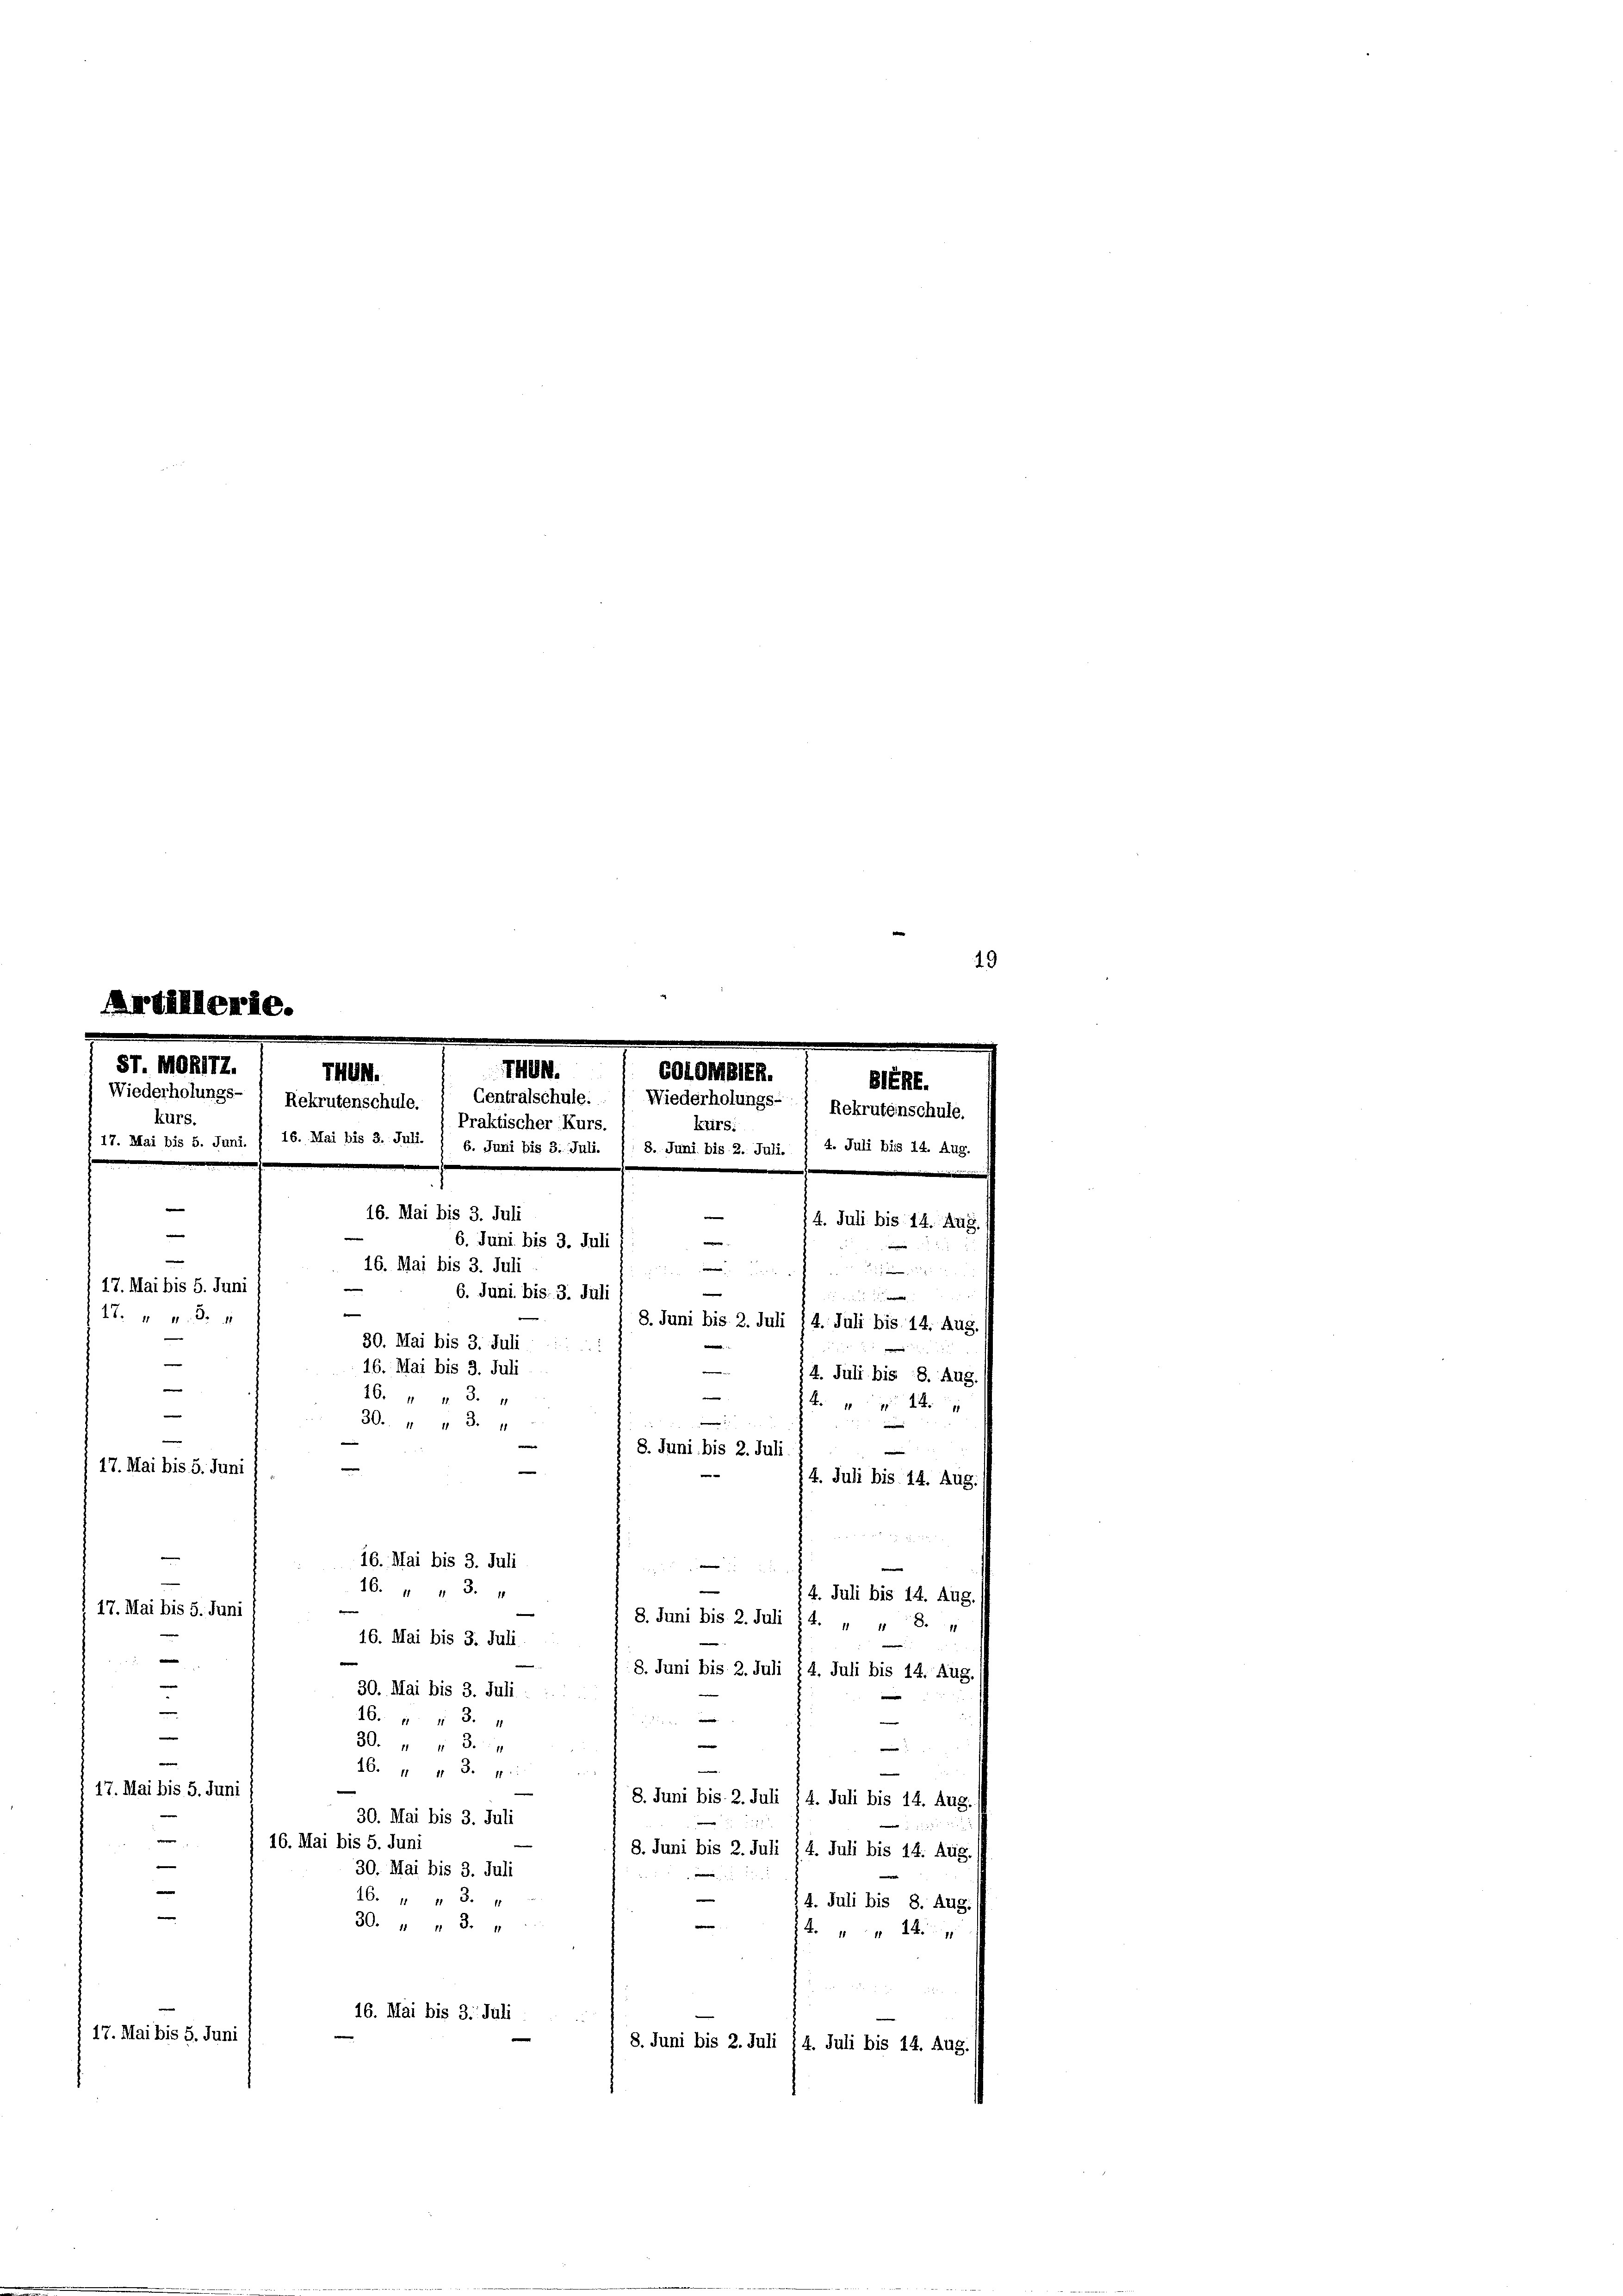
19
e
Artillerie.

ST. MOR172.
T444.
Wiederholungs-
Rekrutenschule.
kurs.
e
|
e
17. Mai bis 5. Juni
e
27. 434
e
e

¬
8. Juni bis 2. Juli.
17. Mai bis 5. Juni /
14. Juli bis 14. Aug.
.
e
16. " " 3.
14. Juli bis 14. Aug.
e
17. Mai bis 5. Juni
8. Juni bis 2. Juli ; 4. „ „ 8.4
16. Mai bis 3. Juli

8. Juni bis 2. Juli 14. Juli bis 14. Aug.
30. Mai bis 3. Juli :
16. " " 3.
m
e
30. " " 34
.
e
46. " " 3. r:
i
i
 17. Mai bis 5. Juni
8. Juni bis 2. Juli 14. Juli bis 14. Aug. (
30. Mai bis 3. Juli
e
16. Mai bis 5. Juni
8. Juni bis 2. Juli 14. Juli bis 14. Aug.//
e
30. Mai bis 3. Juli
16. " " 3.
14. Juli bis 8. Aug.
e
30. " " 3. "

16. Mai bis 3. Juli
17. Mai bis 5. Juni
8. Juni bis 2. Juli 14. Juli bis 14. Aug. /

7404.
Centralschule.
Praktischer Kurs.
§ 17. Mai bis 5. Juni. § 16. Mai bis 3. Juli. / 6. Juni bis 3. Juli. /: 8. Juni bis 2. Juli. § 4. Juli bis 14. Aug.
16. Mai bis 3. Juli
16. Mai bis 3. Juli
30. Mai bis 3. Juli
16. Mai bis 3. Juli
16. " " 3.
30. „ „ 3. "
e
e
16. Mai bis 3. Juli

6. Juni bis 3. Juli
6. Juni bis 3. Juli

COIOMBIER.
SERE.
Niederholungs- 1 Rekrutenschule.
kurs:
4. Juli bis 14. Aug.
.
e
3

e

8. Juni bis 2. Juli 14. Juli bis 14. Aug.
.

14. Juli bis 8. Aug.
1
.